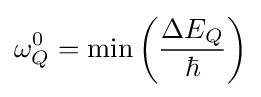
\omega _{Q}^{0}={\textrm {min}}\left({\frac {\Delta E_{Q}}{\hbar }}\right)